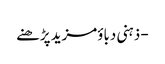
- ذہنی دباؤمزید پڑھنے